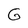
Character: G